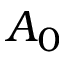
A _ { 0 }